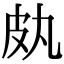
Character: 㿪